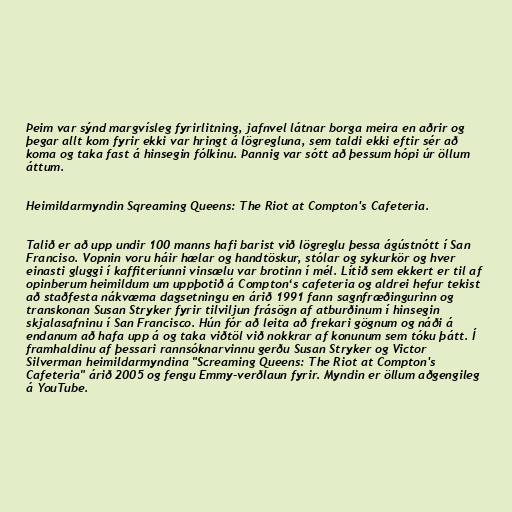
Þeim var sýnd margvísleg fyrirlitning, jafnvel látnar borga meira en aðrir og
þegar allt kom fyrir ekki var hringt á lögregluna, sem taldi ekki eftir sér að
koma og taka fast á hinsegin fólkinu. Þannig var sótt að þessum hópi úr öllum
áttum.

Heimildarmyndin Sqreaming Queens: The Riot at Compton's Cafeteria.

Talið er að upp undir 100 manns hafi barist við lögreglu þessa ágústnótt í San
Franciso. Vopnin voru háir hælar og handtöskur, stólar og sykurkör og hver
einasti gluggi í kaffiteríunni vinsælu var brotinn í mél. Lítið sem ekkert er til af
opinberum heimildum um uppþotið á Compton‘s cafeteria og aldrei hefur tekist
að staðfesta nákvæma dagsetningu en árið 1991 fann sagnfræðingurinn og
transkonan Susan Stryker fyrir tilviljun frásögn af atburðinum í hinsegin
skjalasafninu í San Francisco. Hún fór að leita að frekari gögnum og náði á
endanum að hafa upp á og taka viðtöl við nokkrar af konunum sem tóku þátt. Í
framhaldinu af þessari rannsóknarvinnu gerðu Susan Stryker og Victor
Silverman heimildarmyndina "Screaming Queens: The Riot at Compton's
Cafeteria" árið 2005 og fengu Emmy-verðlaun fyrir. Myndin er öllum aðgengileg
á YouTube.